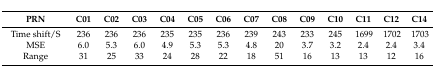
<table><thead><tr><td><b>PRN</b></td><td><b>C01</b></td><td><b>C02</b></td><td><b>C03</b></td><td><b>C04</b></td><td><b>C05</b></td><td><b>C06</b></td><td><b>C07</b></td><td><b>C08</b></td><td><b>C09</b></td><td><b>C10</b></td><td><b>C11</b></td><td><b>C12</b></td><td><b>C14</b></td></tr></thead><tbody><tr><td>Time shift/S</td><td>236</td><td>236</td><td>236</td><td>235</td><td>235</td><td>236</td><td>239</td><td>243</td><td>233</td><td>245</td><td>1699</td><td>1702</td><td>1703</td></tr><tr><td>MSE</td><td>6.0</td><td>5.3</td><td>6.0</td><td>4.9</td><td>5.3</td><td>5.3</td><td>4.8</td><td>20</td><td>3.7</td><td>3.2</td><td>2.4</td><td>2.4</td><td>3.4</td></tr><tr><td>Range</td><td>31</td><td>25</td><td>33</td><td>24</td><td>28</td><td>22</td><td>18</td><td>51</td><td>16</td><td>13</td><td>13</td><td>12</td><td>16</td></tr></tbody></table>